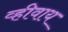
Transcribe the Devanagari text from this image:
व्हीवाय